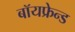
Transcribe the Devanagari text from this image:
बॉयफ्रेन्ड